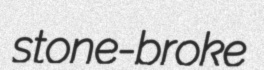
stone-broke